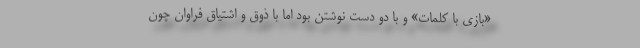
«بازی با کلمات» و با دو دست نوشتن بود اما با ذوق و اشتیاق فراوان چون